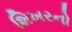
શિખરનો